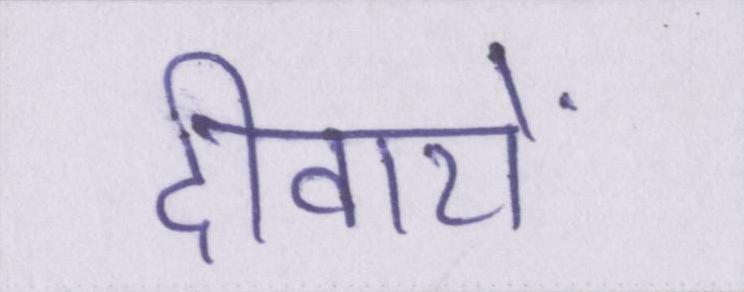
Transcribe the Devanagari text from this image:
दीवारों